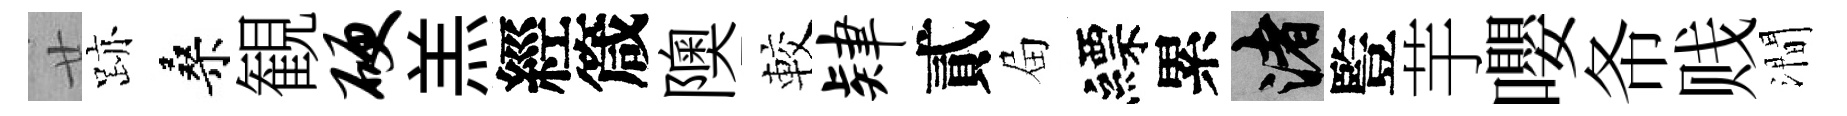
廿跡桑観硬羔經箴隩較肄貳屇縹累渚䜿芋嚶𢁙贱澗